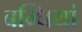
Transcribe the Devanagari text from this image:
बग्घियां